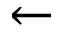
\leftarrow